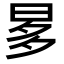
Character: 𣆚